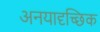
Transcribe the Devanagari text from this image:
अनयादृच्छिक